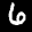
Label: 6